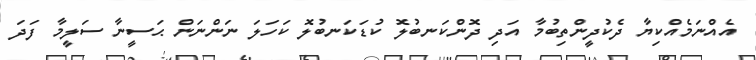
އެއްނަމެއްކިޔާ ދެކުދީންތިބުމާ އަދި ދޮންކަނބުލޮ ކުޑަކަނބުލޮ ކަހަލަ ނަންނަން ޙަސީނާ ސަލީމާ ފަދަ